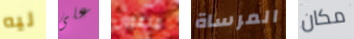
ليه على مدعوون المرساة مكان